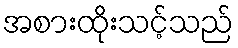
အစားထိုးသင့်သည်